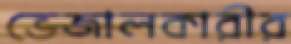
ভেজালকারীর